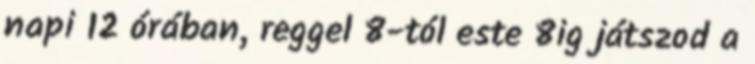
napi 12 órában, reggel 8-tól este 8ig játszod a